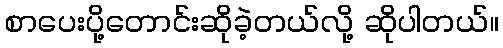
စာပေးပို့တောင်းဆိုခဲ့တယ်လို့ ဆိုပါတယ်။